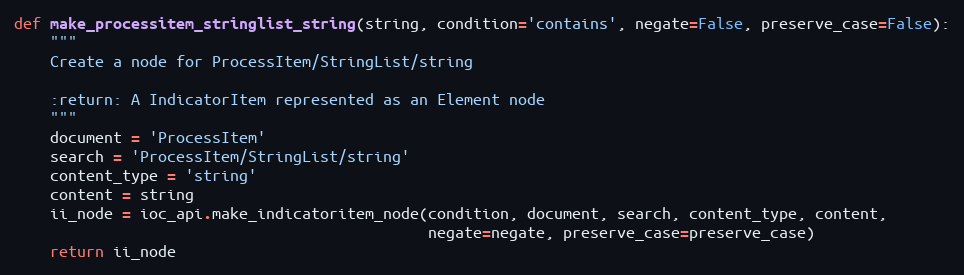
Language: Python
def make_processitem_stringlist_string(string, condition='contains', negate=False, preserve_case=False):
    """
    Create a node for ProcessItem/StringList/string

    :return: A IndicatorItem represented as an Element node
    """
    document = 'ProcessItem'
    search = 'ProcessItem/StringList/string'
    content_type = 'string'
    content = string
    ii_node = ioc_api.make_indicatoritem_node(condition, document, search, content_type, content,
                                              negate=negate, preserve_case=preserve_case)
    return ii_node